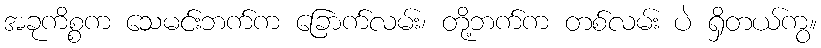
အခုကိစ္စက သေမင်းဘက်က ခြောက်လမ်း၊ တို့ဘက်က တစ်လမ်း ပဲ ရှိတယ်ကွ။